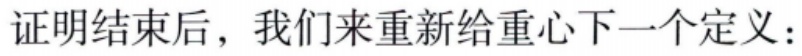
证明结束后，我们来重新给重心下一个定义：